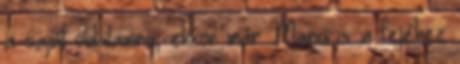
a saját oldalamra, ekkor már Marci is a fejéhez